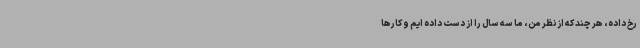
رخ داده، هر چند که از نظر من، ما سه سال را از دست داده ایم و کارها